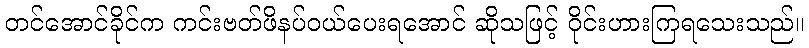
တင်အောင်ခိုင်က ကင်းဗတ်ဖိနပ်ဝယ်ပေးရအောင် ဆိုသဖြင့် ဝိုင်းဟားကြရသေးသည်။